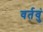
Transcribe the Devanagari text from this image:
वर्तवुं